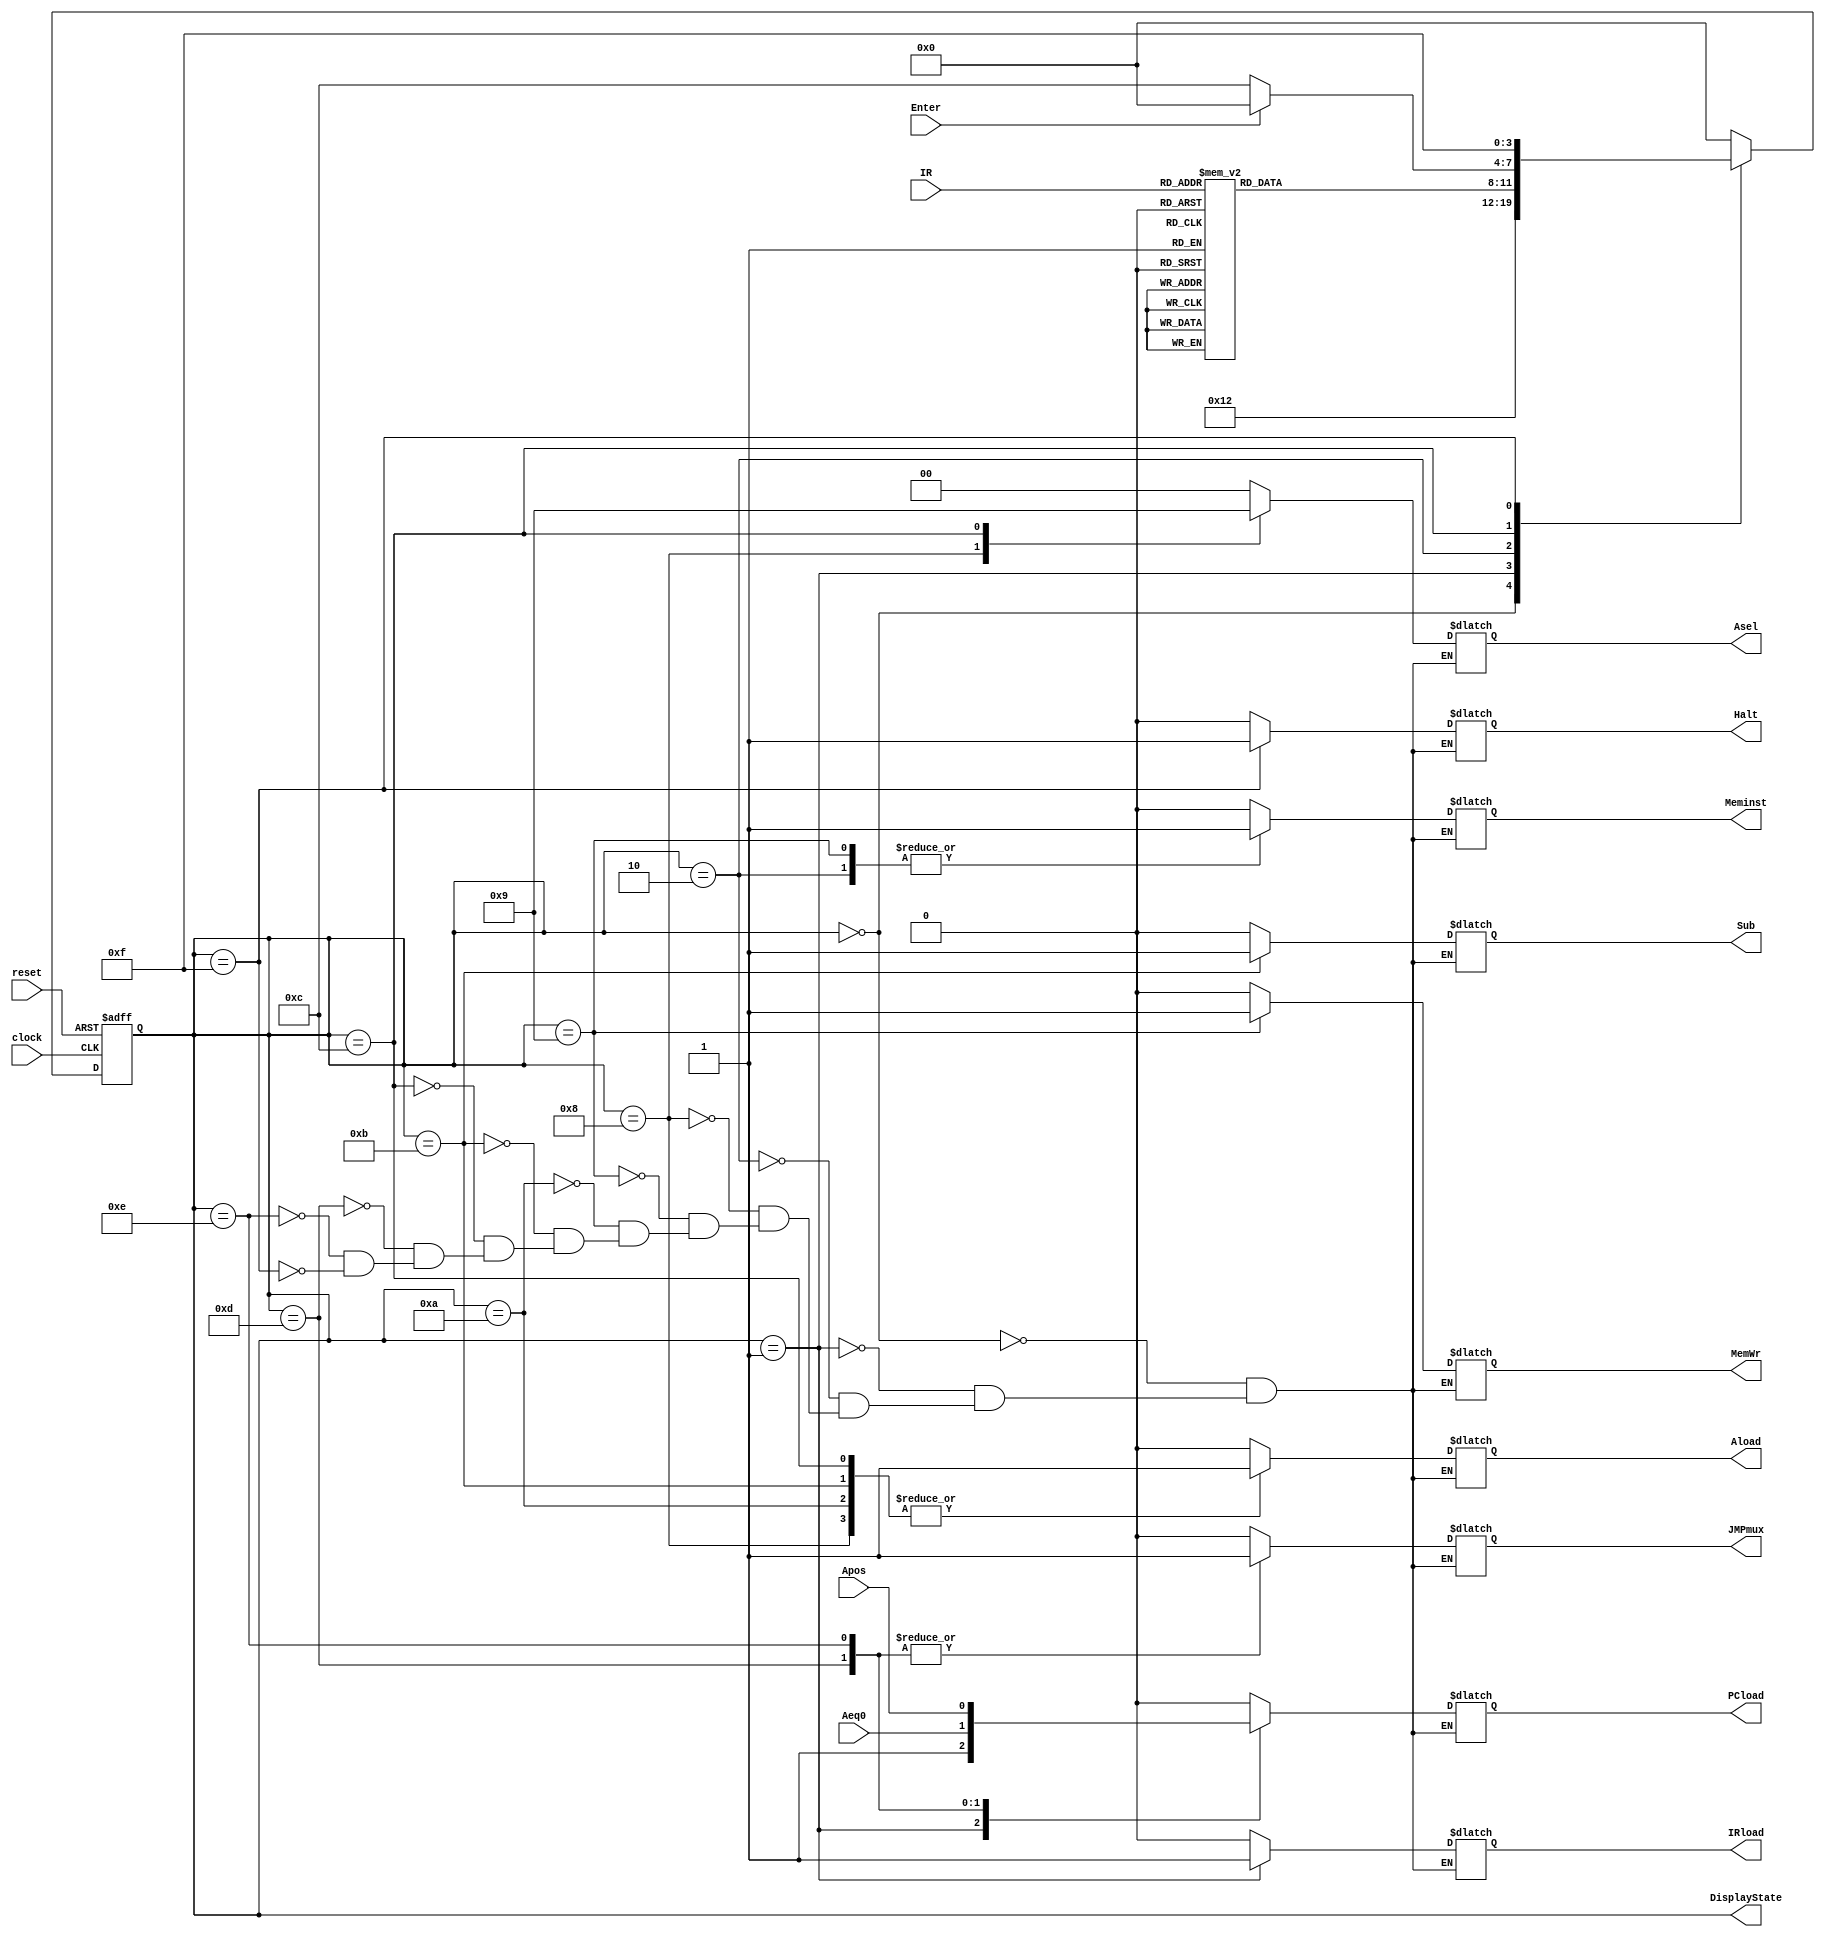
// module controlUnit//declare o/p & i/p
// (
	// input clock, 
	// input [0:0]KEY,
	// input [9:0]SW,
	// output [9:0]LEDR, LEDG
// );

module controlUnit//declare o/p & i/p
(
	input clock, reset, Enter,
	//status signals
	input [2:0]IR,
	input Aeq0, Apos,
	//control signals
	output reg IRload, JMPmux, PCload, Meminst, MemWr, Aload, Sub, Halt,
	output reg [1:0]Asel,
	output wire [3:0]DisplayState
);

// reg [1:0]Asel;
// reg IRload, JMPmux, PCload, Meminst, MemWr, Aload, Sub, Halt;
// wire [3:0]DisplayState;
// wire [2:0]IR;

// assign reset = KEY[0];
// assign Enter = SW[9];
// assign IR[2:0] = SW[2:0];
// assign Aeq0 = SW[3];
// assign Apos = SW[4];
// assign LEDR[9] = IRload;
// assign LEDR[8] = JMPmux;
// assign LEDR[7] = PCload;
// assign LEDR[6] = Meminst;
// assign LEDR[5] = MemWr;
// assign LEDR[4:3] = Asel;
// assign LEDR[2] = Aload;
// assign LEDR[1] = Sub;
// assign LEDR[0] = Halt;
// assign LEDG[3:0] = DisplayState[3:0];


//declare the state's name
parameter start = 4'b0000, fetch = 4'b0001, decode = 4'b0010;
parameter load = 4'b1000, store = 4'b1001, add= 4'b1010;
parameter sub = 4'b1011, manInput = 4'b1100, jz = 4'b1101;
parameter jpos = 4'b1110, halt = 4'b1111;

reg [3:0] n_state, state;

//output the Statel
assign DisplayState = state;

// //frequency divider 
// wire clock;
// oneSecClock myClock (CLOCK_50, reset, clock);  

//**********Code start HERE****************************
//asynchronous clock and reset
always@(posedge clock, negedge reset)
	if(!reset)
		state <= start;
	else
		state <= n_state;
		
//indicating the next state
always@(state, Enter, IR, Aeq0, Apos)
begin
	case(state)
	start:	n_state = fetch;
	fetch:	n_state = decode;
	decode:	begin
				case(IR)
				3'b000: n_state = load;
				3'b001: n_state = store;
				3'b010: n_state = add;
				3'b011: n_state = sub;
				3'b100: n_state = manInput;
				3'b101: n_state = jz; 
				3'b110: n_state = jpos;
				3'b111: n_state = halt;
				default: n_state = halt;
				endcase
			end
	load:	n_state = start;
	store:	n_state = start;
	add:	n_state = start;
	sub:	n_state = start;
	manInput:if(Enter)
				n_state = start;
			 else
			 	n_state = manInput;
	jz:		n_state = start;
	jpos:	n_state = start;
	halt: 	n_state = halt;
	default:n_state = start;
	endcase
end

always@(state, Aeq0, Apos)
begin
	case(state)
	start:	begin IRload=0; JMPmux=0; PCload=0; Meminst=0; MemWr=0; Asel=2'b00; Aload=0; Sub=0; Halt=0; end
	fetch:	begin IRload=1; JMPmux=0; PCload=1; Meminst=0; MemWr=0; Asel=2'b00; Aload=0; Sub=0; Halt=0; end
	decode:	begin IRload=0; JMPmux=0; PCload=0; Meminst=1; MemWr=0; Asel=2'b00; Aload=0; Sub=0; Halt=0; end
	load:	begin IRload=0; JMPmux=0; PCload=0; Meminst=0; MemWr=0; Asel=2'b10; Aload=1; Sub=0; Halt=0; end
	store:	begin IRload=0; JMPmux=0; PCload=0; Meminst=1; MemWr=1; Asel=2'b00; Aload=0; Sub=0; Halt=0; end
	add:	begin IRload=0; JMPmux=0; PCload=0; Meminst=0; MemWr=0; Asel=2'b00; Aload=1; Sub=0; Halt=0; end
	sub:	begin IRload=0; JMPmux=0; PCload=0; Meminst=0; MemWr=0; Asel=2'b00; Aload=1; Sub=1; Halt=0; end
	manInput:begin IRload=0; JMPmux=0; PCload=0; Meminst=0; MemWr=0; Asel=2'b01; Aload=1; Sub=0; Halt=0; end
	jz:		begin IRload=0; JMPmux=1; PCload=Aeq0; Meminst=0; MemWr=0; Asel=2'b00; Aload=0; Sub=0; Halt=0; end
	jpos:	begin IRload=0; JMPmux=1; PCload=Apos; Meminst=0; MemWr=0; Asel=2'b00; Aload=0; Sub=0; Halt=0; end
	halt:	begin IRload=0; JMPmux=0; PCload=0; Meminst=0; MemWr=0; Asel=2'b00; Aload=0; Sub=0; Halt=1; end
	endcase
end

endmodule